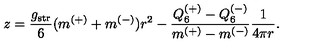
z = \frac { g _ { \mathrm { s t r } } } { 6 } ( m ^ { ( + ) } + m ^ { ( - ) } ) r ^ { 2 } - \frac { Q _ { 6 } ^ { ( + ) } - Q _ { 6 } ^ { ( - ) } } { m ^ { ( + ) } - m ^ { ( - ) } } \frac { 1 } { 4 \pi r } .